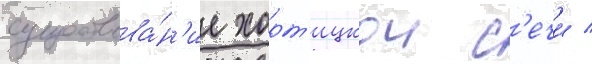
существова́н'ие хорт'ицкои с'ечи /